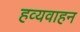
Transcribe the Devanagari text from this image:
हव्यवाहन